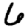
Digit: 6